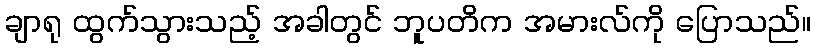
ချာရု ထွက်သွားသည့် အခါတွင် ဘူပတိက အမားလ်ကို ပြောသည်။